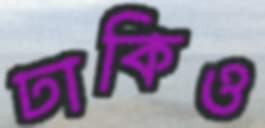
ঢাকিও